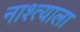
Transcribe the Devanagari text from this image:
नाश्त्याला